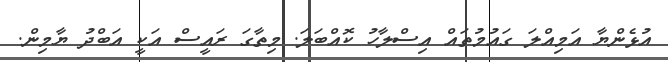
އުޅެންޔާ އަމިއްލަ ގައުމުތައް އިސްލާހު ކޮއްބަލަ. މިތާގަ ރައީސް އަކީ އަބްދު ޔާމިން.